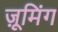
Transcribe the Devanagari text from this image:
ज़ूमिंग